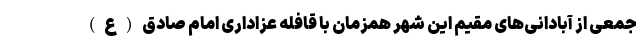
جمعی از آبادانی‌های مقیم این شهر همزمان با قافله عزاداری امام صادق(ع)